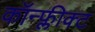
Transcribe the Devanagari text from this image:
कॉन्फ्लीक्ट